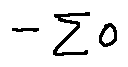
- \sum 0